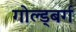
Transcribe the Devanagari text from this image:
गोल्ड्बर्ग